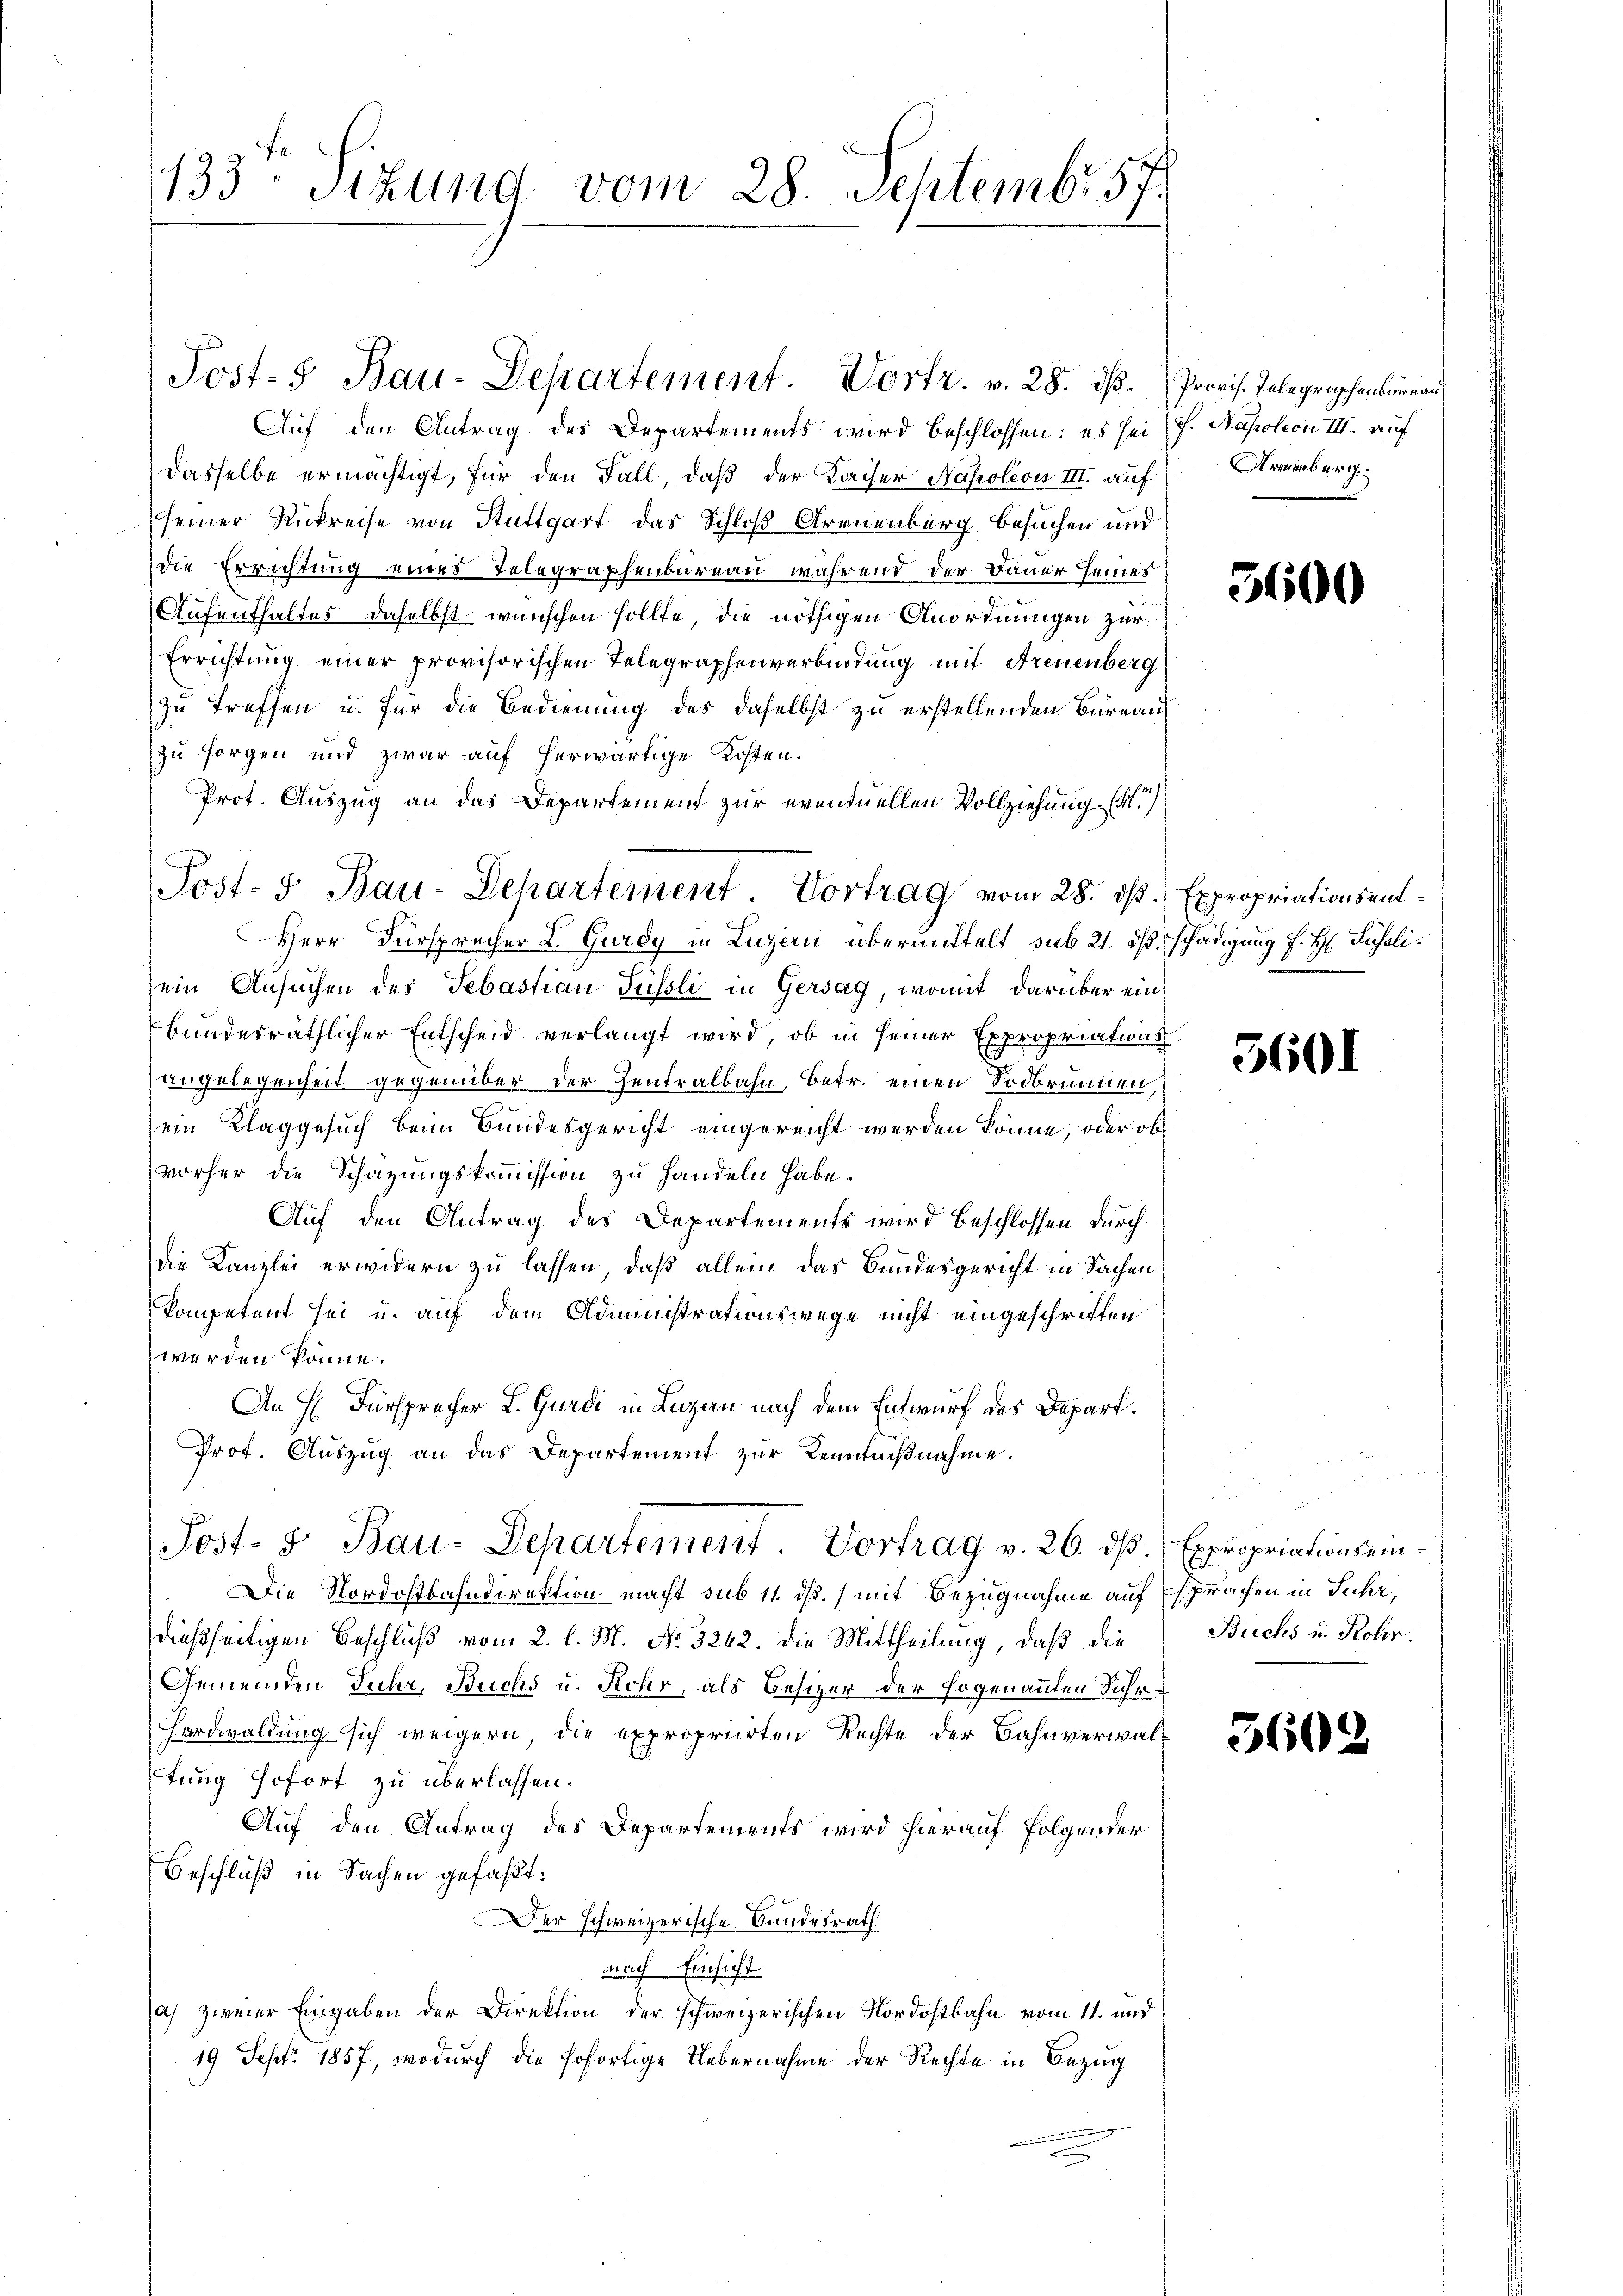
133- Sizung vom 28. Septembr. 57.

Post- 5. Bau-Departement. Vortr. v. 28. ds.

Auf den Antrag des Departements wird beschlossen: es sei (s. Napoleon III. auf
Dasselbe ermächtigt, für den Fall, daß der Kaiser Napoleon III. auf
seiner Rückreise von Stuttgart das Schloß Arenenburg besuchen und
die Errichtung eines Telegraphenbureau während der Dauer seines
Aufenthaltes daselbst wünschen sollte, die nöthigen Anordnungen zur
Errichtung einer provisorischen Telegraphenverbindung mit Treuenberg
zu treffen u. für die Bedienung des daselbst zu erstellenden Büreau
zu sorgen und zwar auf herwärtige Kosten.
Prot. Auszug an das Departement zur eventuellen Vollziehung (
Herr Fürsprecher L. Gurdy in Luzern übermittelt sub 21. ds schädigung f. H. Führlisein Ansuchen des Sebastian Füssli in Gersag, womit darüber einbundesräthlicher Entscheid verlangt wird, ob in seiner Expropriationsangelegenheit gegenüber der Zentralbahn, betr. einen Sodbrunnen,
ein Klaggesuch beim Bundesgericht eingereicht werden könne, oder ob
vorher die Schazungskommission zu handeln habe.
Auf den Antrag des Departements wird beschlossen durch
die Kanzlei erwidern zu lassen, daß allein das Bundesgericht in Sachen
kompetent sei u. auf dem Administrationswege nicht eingeschritten
werden könne.
An H. Fürspracher L. Gurdi in Luzern nach dem Entwurf des Depart.
Prof. Auszug an das Departement zur Kenntnißnahme.
Post- & Bau-Departement Vortrag v. 26. ds Expropriations ein¬
Die Nordostbahndirektion macht sub 11. dß.) mit Bezugnahme auf sprachen in Juhr,
dießseitigen Beschluß vom 2. l. M. No 3242. die Mittheilung, daß die
Gemeinden Juhr, Buchs u. Rohr, als Besizer der sogenanten Suhr¬
Hordwaldung sich weigern, die expropriirten Rechte der Bahnverwaltung sofort zu überlassen.
Auf den Antrag des Departements wird hierauf folgender
Beschluß in Sachen gefaßt:
Der schweizerische Landesrath
nach Einsicht
a) zweier Eingaben der Direktion der schweizerischen Nordostbahn vom 11. und
19 Sept. 1857, wodurch die sofortige Uebernahme der Rechte in Bezug

Post. S. Bau-Departement Vortrag vom 28. ds Expropriationsent¬

Provis. Telegraphenbureau
Armenberg.

3600

5601

i
Buchs u. Rohr.

360.